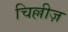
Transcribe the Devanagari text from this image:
चिल्लीज़